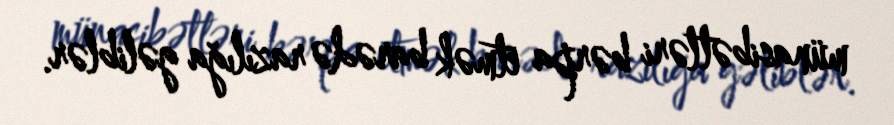
münasibətləri bərpa etmək barədə razılığa gəliblər.